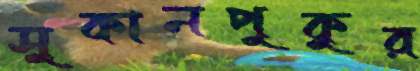
সুকানপুকুর